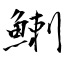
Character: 鯻